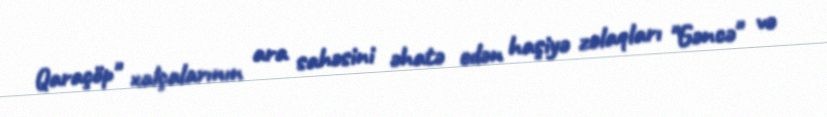
Qaraçöp" xalçalarının ara sahəsini əhatə edən haşiyə zolaqları "Gəncə" və